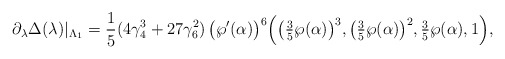
\begin{align*} \partial_\lambda \Delta(\lambda)|_{\Lambda_1} = \frac{1}{5} (4\gamma_4^3 + 27 \gamma_6^2)\, \big(\wp'(\alpha)\big)^6 \Big(\big(\tfrac{3}{5}\wp(\alpha)\big)^3, \big(\tfrac{3}{5}\wp(\alpha)\big)^2, \tfrac{3}{5}\wp(\alpha), 1 \Big),\end{align*}